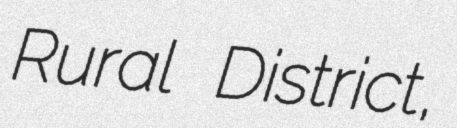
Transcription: Rural District,